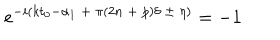
e ^ { - i ( k t _ { 0 } - \alpha _ { 1 } \ + \ \pi ( 2 n \ + \ p ) \delta \ \pm \ \eta ) } = - 1